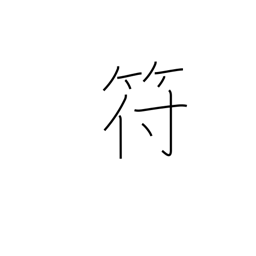
Meaning: tally